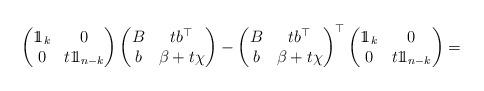
LaTeX: \begin{align*}\begin{pmatrix}1\!\!1_{k} & 0\\0 & t1\!\!1_{n-k}\end{pmatrix}\begin{pmatrix}B & tb^{\top}\\b & \beta+t\chi\end{pmatrix}-\begin{pmatrix}B & tb^{\top}\\b & \beta+t\chi\end{pmatrix}^{\top}\begin{pmatrix}1\!\!1_{k} & 0\\0 & t1\!\!1_{n-k}\end{pmatrix}=\end{align*}